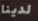
لدينا